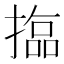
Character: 𱠫